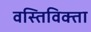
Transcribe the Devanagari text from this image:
वस्तिविक्ता